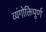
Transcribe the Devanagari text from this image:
व्यंगोक्तिपूर्ण